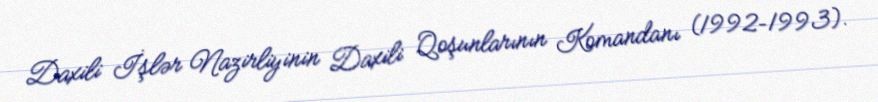
Daxili İşlər Nazirliyinin Daxili Qoşunlarının Komandanı (1992–1993).